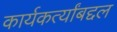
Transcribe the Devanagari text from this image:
कार्यकर्त्यांबद्दल